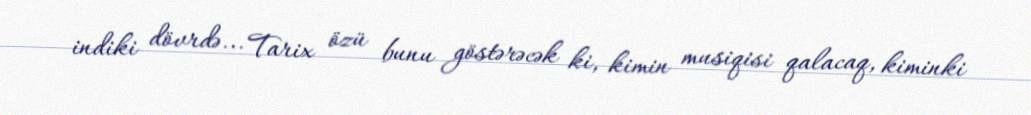
indiki dövrdə... Tarix özü bunu göstərəcək ki, kimin musiqisi qalacaq, kiminki